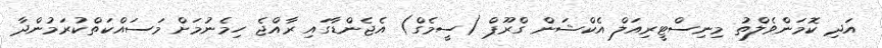
އަދި ކޮމަންވެލްތު މިނިސްޓީރިއަލް އެކްޝަން ގްރޫޕް (ސީމެގް) އެޖެންޑާގައި ރާއްޖެ ހިމެނުމަށް މަސައްކަތްކުރަމުންދާ